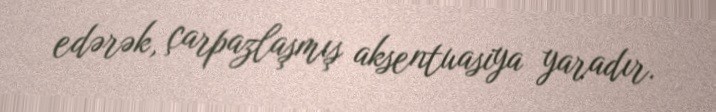
edərək, çarpazlaşmış aksentuasiya yaradır.